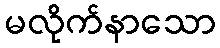
မလိုက်နာသော